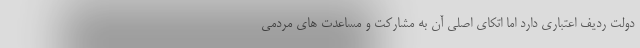
دولت ردیف اعتباری دارد اما اتکای اصلی آن به مشارکت و مساعدت های مردمی